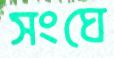
সংঘে